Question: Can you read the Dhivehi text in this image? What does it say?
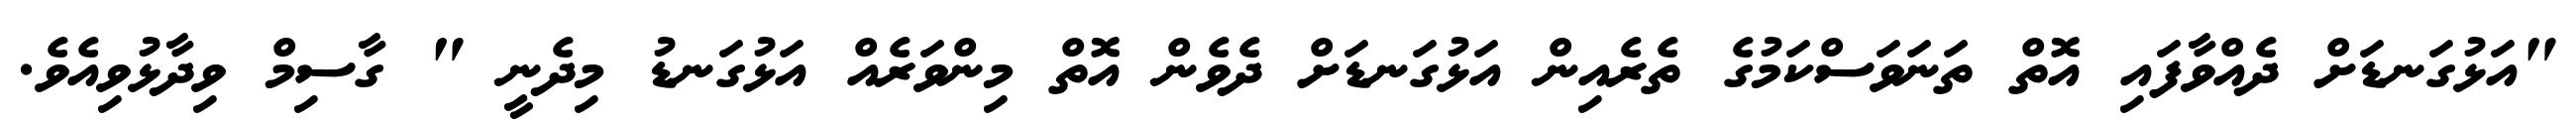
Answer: "އަޅުގަނޑަށް ދެއްވާފައި އޮތް ތަނަވަސްކަމުގެ ތެރެއިން އަޅުގަނޑަށް ދެވެން އޮތް މިންވަރެއް އަޅުގަނޑު މިދެނީ " ގާސިމް ވިދާޅުވިއެވެ.